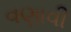
વણાવી